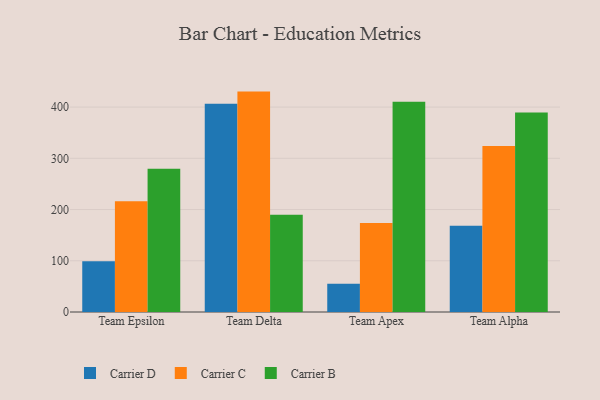
{"axis": {"x": "Team", "y": "Operating Costs (USD K)"}, "legend": ["Carrier B", "Carrier C", "Carrier D"], "data": [{"x": "Team Epsilon", "y": 99.0, "type": "Carrier D"}, {"x": "Team Epsilon", "y": 216.2, "type": "Carrier C"}, {"x": "Team Epsilon", "y": 279.8, "type": "Carrier B"}, {"x": "Team Delta", "y": 406.4, "type": "Carrier D"}, {"x": "Team Delta", "y": 430.2, "type": "Carrier C"}, {"x": "Team Delta", "y": 189.8, "type": "Carrier B"}, {"x": "Team Apex", "y": 55.0, "type": "Carrier D"}, {"x": "Team Apex", "y": 173.8, "type": "Carrier C"}, {"x": "Team Apex", "y": 410.2, "type": "Carrier B"}, {"x": "Team Alpha", "y": 168.2, "type": "Carrier D"}, {"x": "Team Alpha", "y": 324.1, "type": "Carrier C"}, {"x": "Team Alpha", "y": 389.3, "type": "Carrier B"}]}